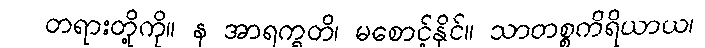
တရားတို့ကို။ န အာရက္ခတိ၊ မစောင့်နိုင်။ သာတစ္စကိရိယာယ၊